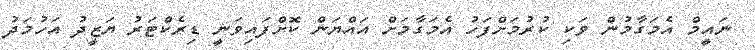
ނައީމް އެމަގާމުން ވަކި ކުރުމަށްފަހު އެމަގާމަށް އައްޔަން ކޮށްފައިވަނީ ޑިރެކްޓަރު ޔަޒީދު އަހުމަދު